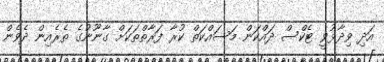
އަދި ވިދާޅުވީ ޓެކްސް ދައްކަން މަސައްކަތް ކުރާ ފަރާތްތަކަށް ގާނޫނުގެ ތެރެއިން ދެވެން